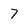
Character: 7